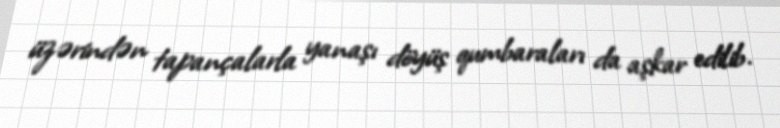
üzərindən tapançalarla yanaşı döyüş qumbaraları da aşkar edilib.